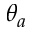
\theta _ { a }